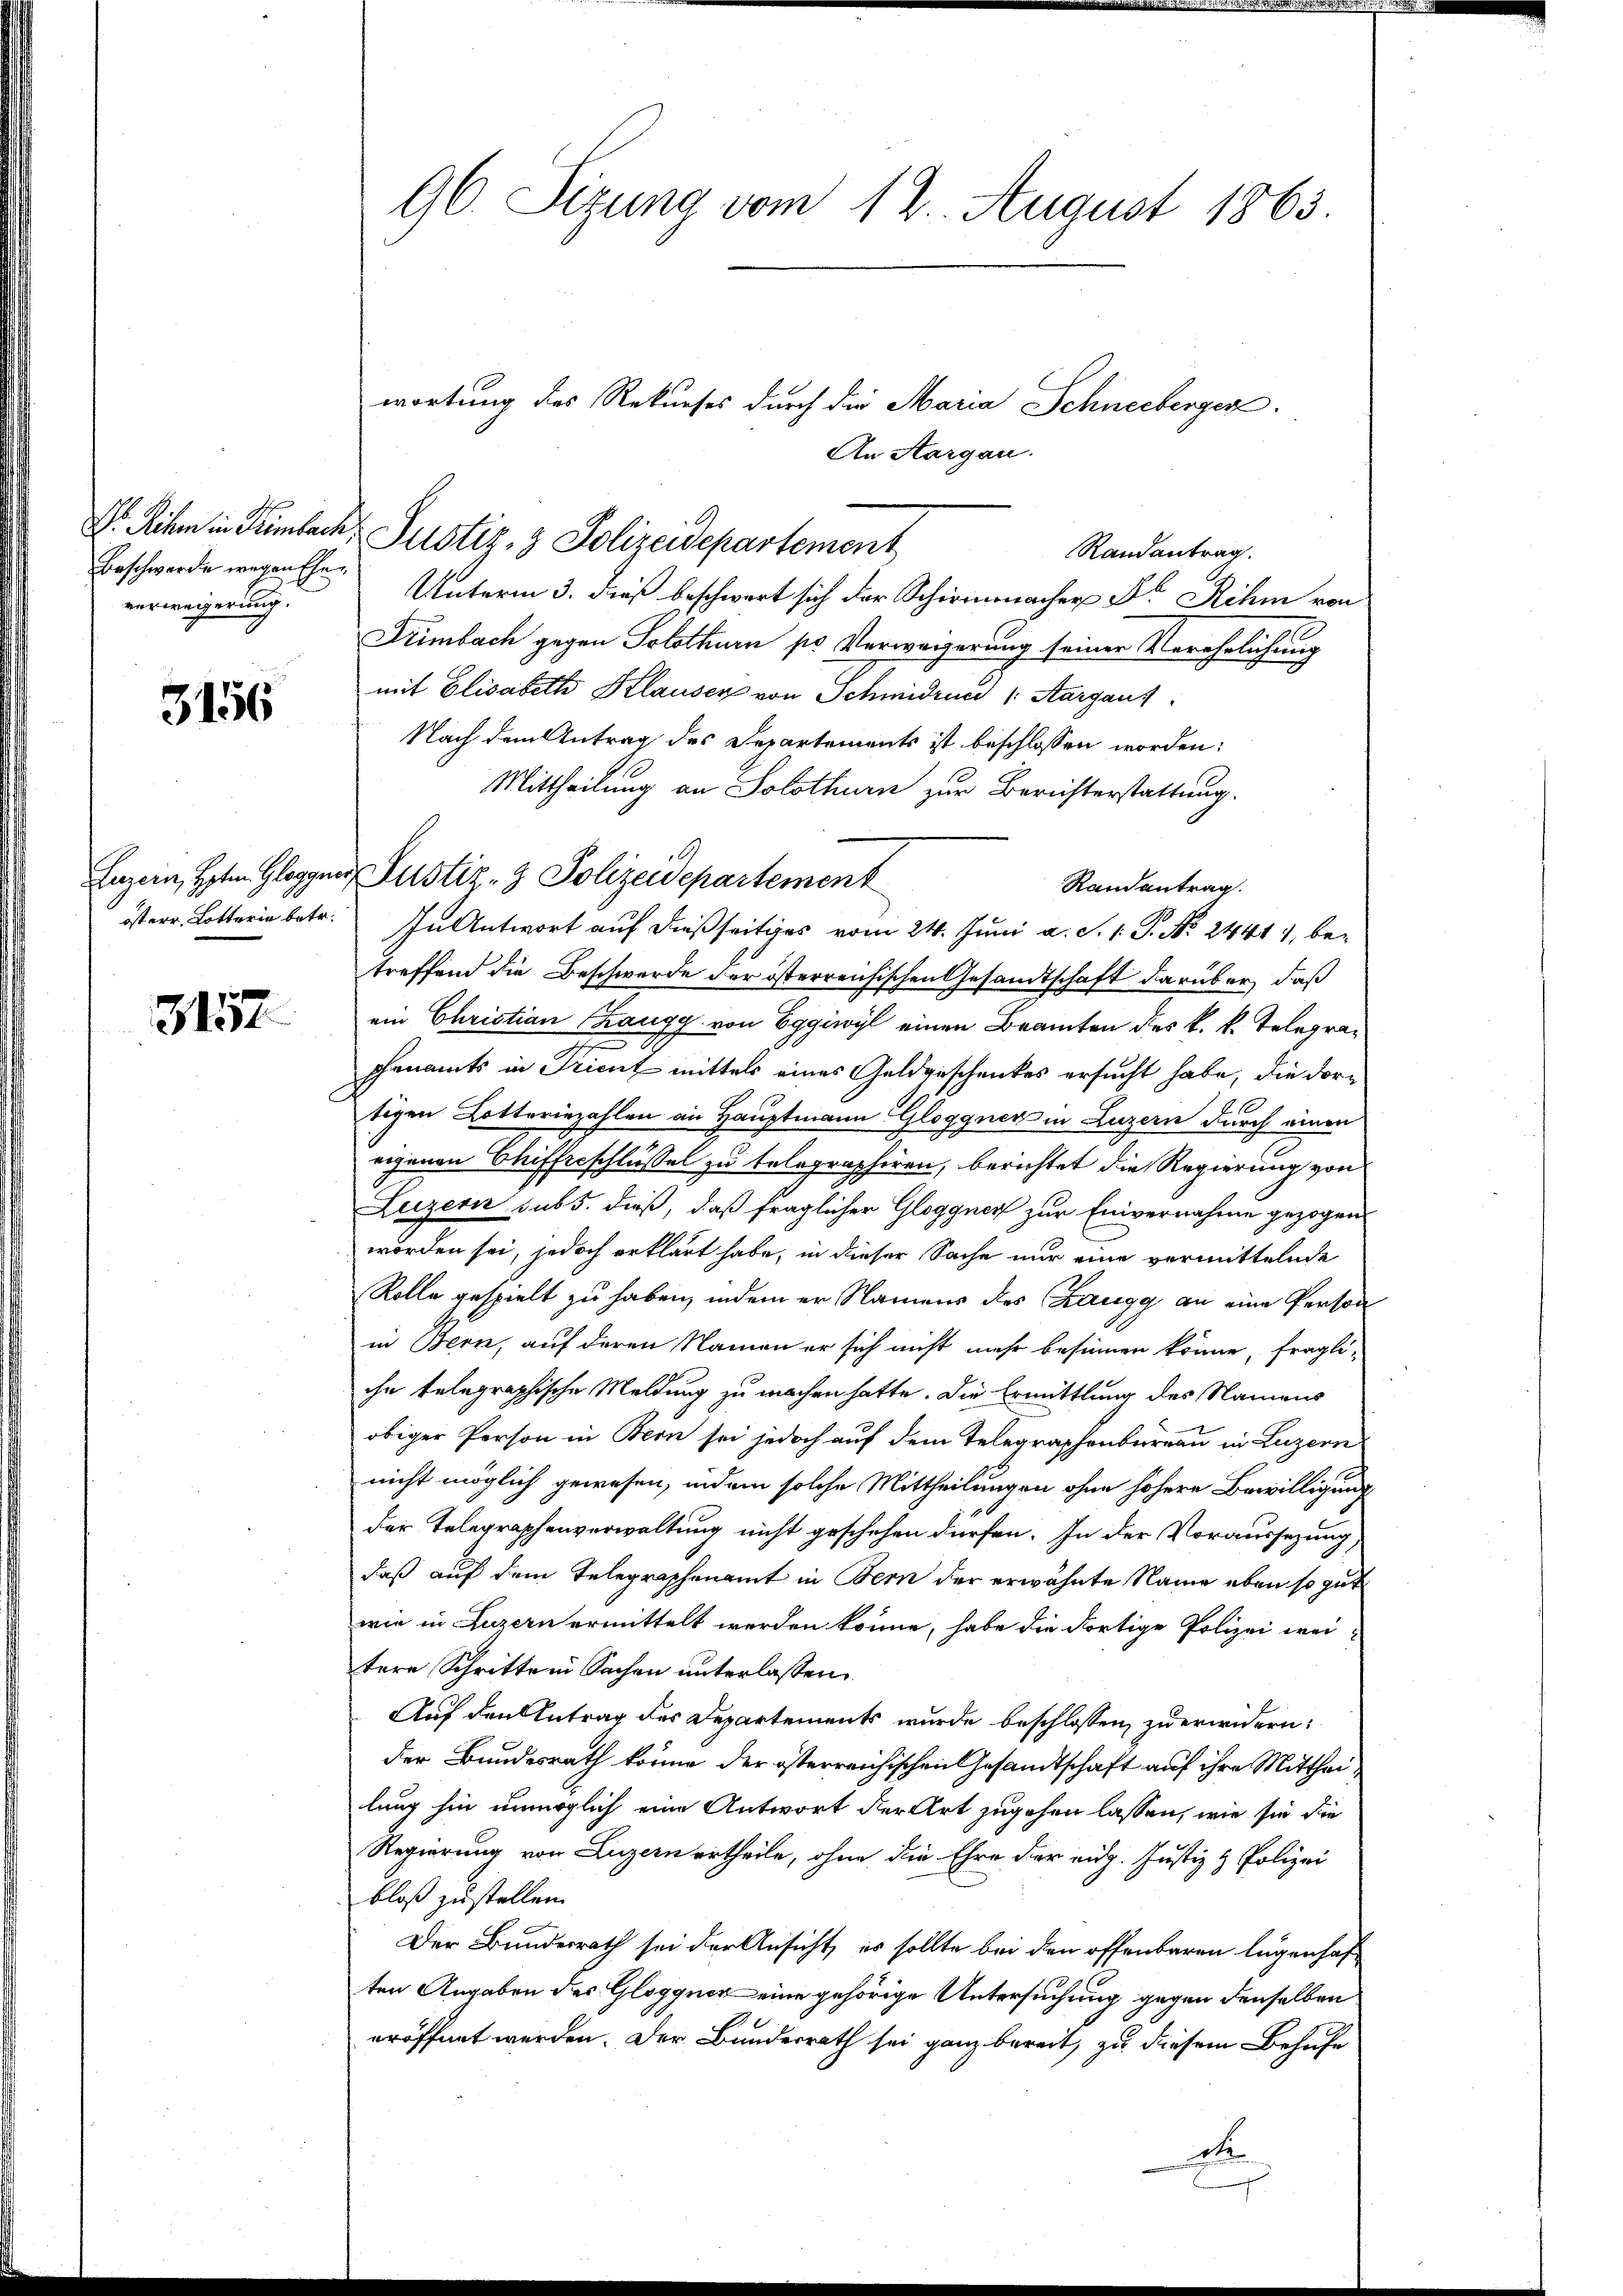
Beschwerde wegen Eheverweigerung.

3156

3157

Unterm 3. dieß beschwert sich der Schirmonacher Dr. Rehm von
Drimbach gegen Solothurn pr Verweigerung seiner Verehrlichung
mit Elisabeth Klauser von Schmidrund (Aargaus
Nach dem Antrag des Departements ist beschlossen worden:
Mittheilung an Solothurn zur Berichterstattung.
Randantrag.
isterr. Lotterin betr. In Antwort auf dießseitiges vom 24. Juni a. S. 1. J. No. 2441), betreffend die Beschwerde der österreichischen Gesandtschaft darüber, daß
ein Christian Chaugg von Eggiwyl einen Branten des k. k. Telegra¬
.
phenamts in Trient mittels eines Geldgeschenkes ersucht habe, die dortigen Lotteriezahlen an Hauptmann GGloggner in Luzern durch einen
eigenen Chifferschlüssel zu telegraphiren, berichtet die Regierung von
Luzern subs. dieß, daß fraglicher Gloggner zur Einvernahme gezogen
worden sei, jedoch erklärt habe, in dieser Sache nur eine vermittelnde
Rolle gespielt zu haben, indem er Namens des Zaugg an eine Person
in Bern, auf deren Namen er sich nicht mehr besinnen könne, fragli-
ihn telegraphische Meldung zu machen hatte. Die Ermittlung des Namens
obiger Person in Bern sei jedoch auf dem Telegraphenbernau in Luzern
nicht möglich gewesen, indem solche Mittheilungen ohne höhere Bewilligung
der Telegraphenverwaltung nicht geschehen dürfen. In der Voraussezung,
daß auf dem Telegraphenamt in Bern der erwähnte Name eben so gut
wie in Luzern ermittelt werden könne, habe die dortige Polizei wei-
tere Schritten Sachen unterlassen.
Auf den Antrag des Departements wurde beschlossen, zu erwidern:
der Bundesrath könne der österreichischen Gesandtschaft auf ihre Mittheilung hin unmöglich eine Antwort der Art zugehen lassen, wie sie die
Regierung von Luzern ertheile, ohne die Ehre der eidg. Justiz & Polizei
bloß zustellen.
Der Bundesrath sei der Ansicht, es sollte bei den offenbaren legenhaften Angaben des Glogguer eine gehörige Untersuchung gegen denselben
eröffnet werden. Der Bundesrath sei ganz bereit, zu diesem Behufe
de
s

96. Sizung vom 12. August 1865

Dr. Reihe in Trimbeck, Justiz- & Polizeidepartement

Jazein, Hoten Glogguer Justiz- & Polizeidepartement

wortung des Rekurses durch die Maria Schneeberger

An Aargau.

Randantrag.